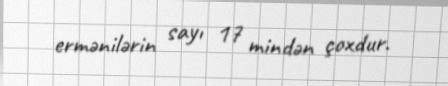
ermənilərin sayı 17 mindən çoxdur.